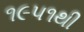
૧૯૫૧થી